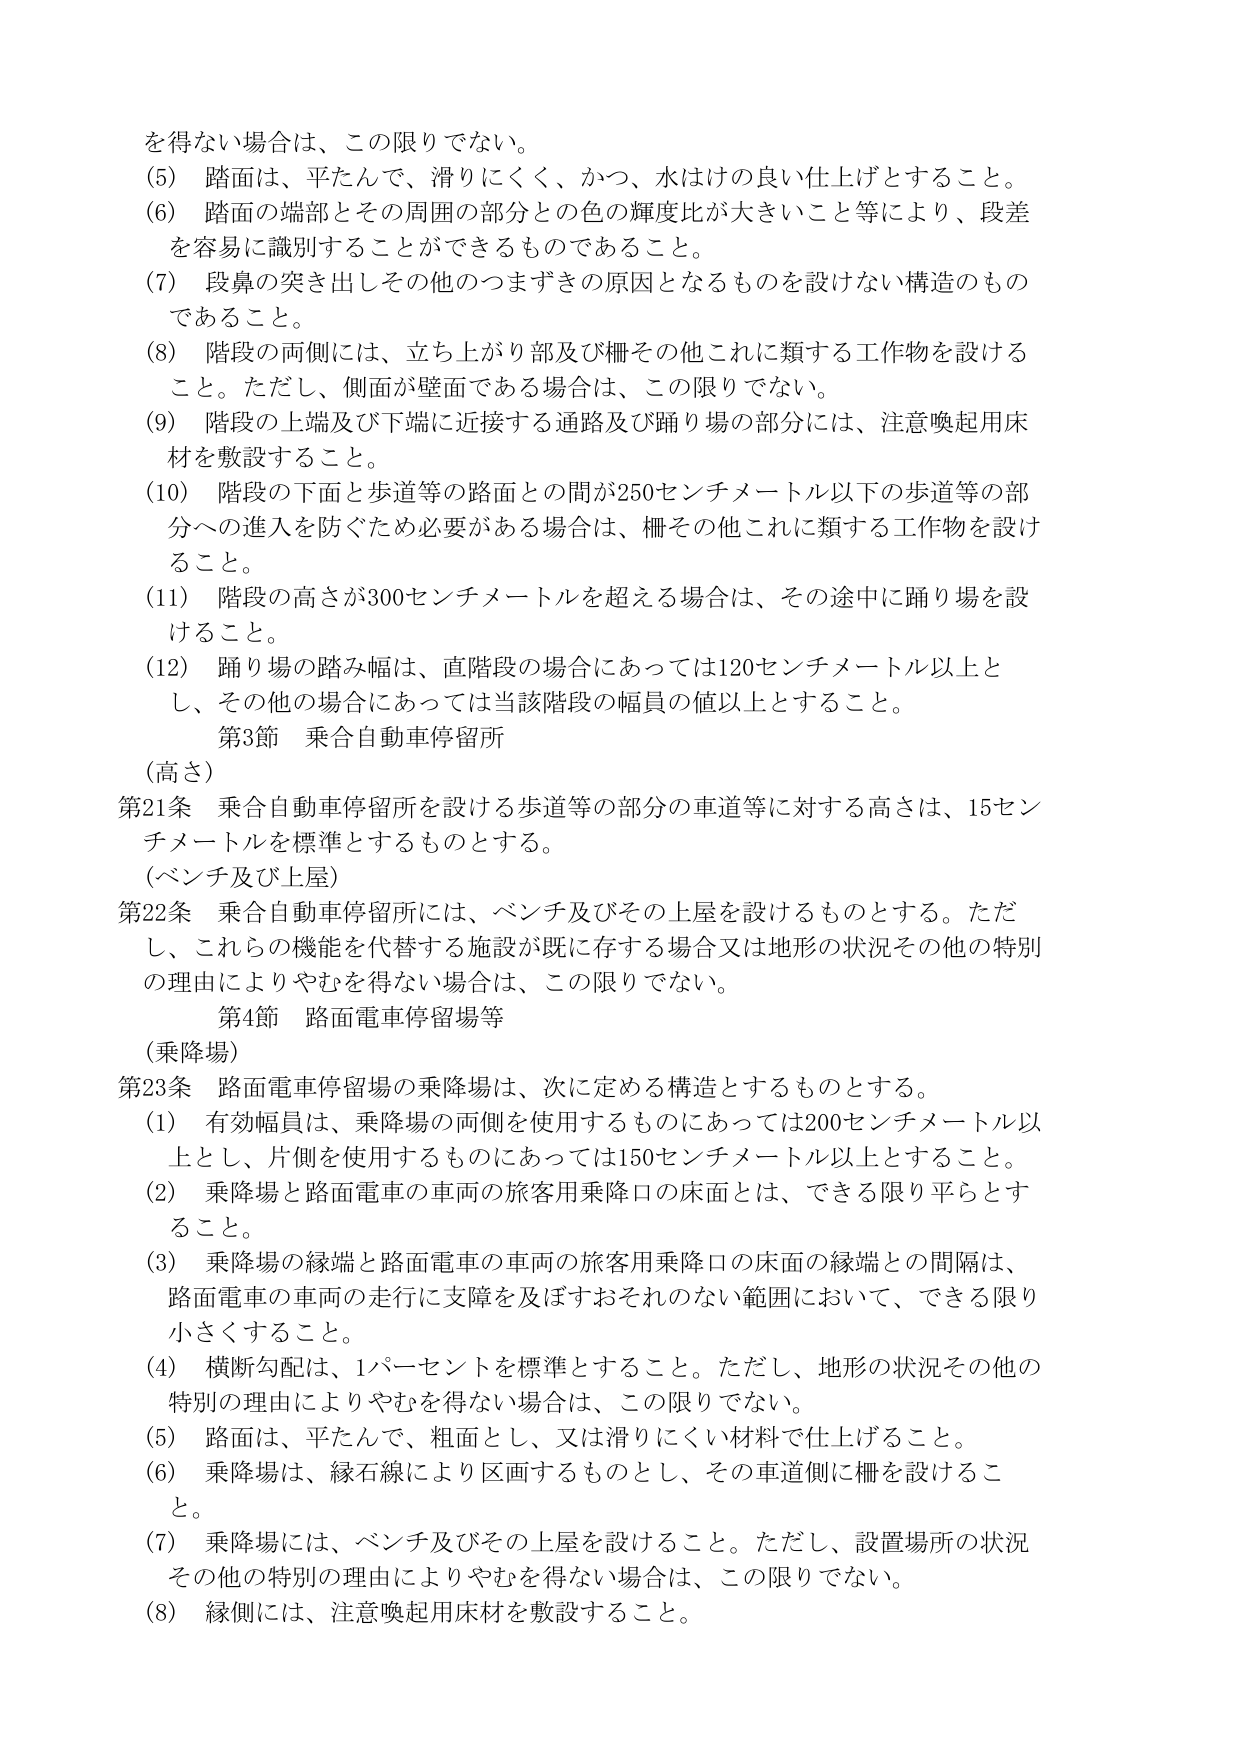
を得ない場合は、この限りでない。
(5) 踏面は、平たんで、滑りにくく、かつ、水はけの良い仕上げとすること。
(6) 踏面の端部とその周囲の部分との色の輝度比が大きいこと等により、段差を容易に識別することができるものであること。
(7) 段鼻の突き出しその他のつまずきの原因となるものを設けない構造のものであること。
(8) 階段の両側には、立ち上がり部及び柵その他これに類する工作物を設けること。ただし、側面が壁面である場合は、この限りでない。
(9) 階段の上端及び下端に近接する通路及び踊り場の部分には、注意喚起用床材を敷設すること。
(10) 階段の下面と歩道等の路面との間が250センチメートル以下の歩道等の部分への進入を防ぐため必要がある場合は、柵その他これに類する工作物を設けること。
(11) 階段の高さが300センチメートルを超える場合は、その途中に踊り場を設けること。
(12) 踊り場の踏み幅は、直階段の場合にあっては120センチメートル以上とし、その他の場合にあっては当該階段の幅員の値以上とすること。
第3節 乗合自動車停留所
(高さ)
第21条 乗合自動車停留所を設ける歩道等の部分の車道等に対する高さは、15センチメートルを標準とするものとする。
(ベンチ及び上屋)
第22条 乗合自動車停留所には、ベンチ及びその上屋を設けるものとする。ただし、これらの機能を代替する施設が既に存する場合又は地形の状況その他の特別の理由によりやむを得ない場合は、この限りでない。
第4節 路面電車停留場等
(乗降場)
第23条 路面電車停留場の乗降場は、次に定める構造とするものとする。
(1) 有効幅員は、乗降場の両側を使用するものにあっては200センチメートル以上とし、片側を使用するものにあっては150センチメートル以上とすること。
(2) 乗降場と路面電車の車両の旅客用乗降口の床面とは、できる限り平らとすること。
(3) 乗降場の縁端と路面電車の車両の旅客用乗降口の床面の縁端との間隔は、路面電車の車両の走行に支障を及ぼすおそれのない範囲において、できる限り小さくすること。
(4) 横断勾配は、1パーセントを標準とすること。ただし、地形の状況その他の特別の理由によりやむを得ない場合は、この限りでない。
(5) 路面は、平たんで、粗面とし、又は滑りにくい材料で仕上げること。
(6) 乗降場は、縁石線により区画するものとし、その車道側に柵を設けること。
(7) 乗降場には、ベンチ及びその上屋を設けること。ただし、設置場所の状況その他の特別の理由によりやむを得ない場合は、この限りでない。
(8) 縁側には、注意喚起用床材を敷設すること。